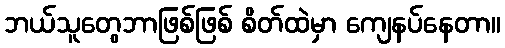
ဘယ်သူတွေဘာဖြစ်ဖြစ် စိတ်ထဲမှာ ကျေနပ်နေတာ။